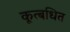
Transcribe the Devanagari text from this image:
कूत्बधित